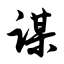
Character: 谋